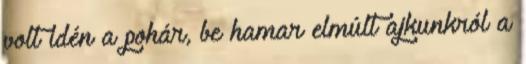
volt idén a pohár, be hamar elmúlt ajkunkról a